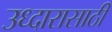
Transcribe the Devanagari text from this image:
उध्दारासाठी